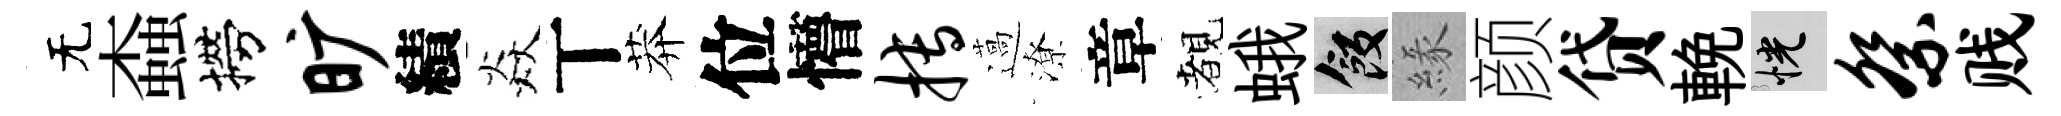
无螙撈旷績焱丅莽位懵搏薖潦章覩蛾飯緣颜贷輓恍祭贱